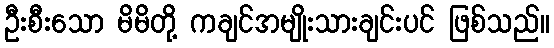
ဦးစီးသော မိမိတို့ ကချင်အမျိုးသားချင်းပင် ဖြစ်သည်။